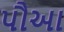
પૌઆ